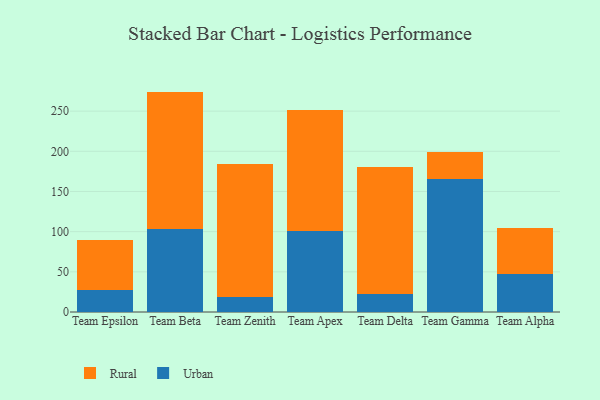
{"axis": {"x": "Team", "y": "Market Share (%)"}, "legend": ["Rural", "Urban"], "data": [{"x": "Team Epsilon", "y": 26.8, "type": "Urban"}, {"x": "Team Epsilon", "y": 62.4, "type": "Rural"}, {"x": "Team Beta", "y": 103.8, "type": "Urban"}, {"x": "Team Beta", "y": 170.5, "type": "Rural"}, {"x": "Team Zenith", "y": 18.5, "type": "Urban"}, {"x": "Team Zenith", "y": 166.2, "type": "Rural"}, {"x": "Team Apex", "y": 100.6, "type": "Urban"}, {"x": "Team Apex", "y": 150.3, "type": "Rural"}, {"x": "Team Delta", "y": 22.3, "type": "Urban"}, {"x": "Team Delta", "y": 157.6, "type": "Rural"}, {"x": "Team Gamma", "y": 166.1, "type": "Urban"}, {"x": "Team Gamma", "y": 32.8, "type": "Rural"}, {"x": "Team Alpha", "y": 46.8, "type": "Urban"}, {"x": "Team Alpha", "y": 58.1, "type": "Rural"}]}